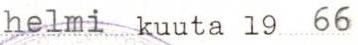
helmi kuuta 19 66